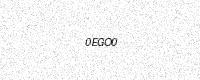
Text: 0EGO0